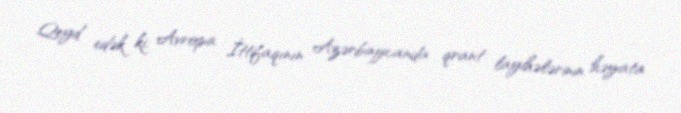
Qeyd edək ki, Avropa İttifaqının Azərbaycanda qrant layihələrinin həyata